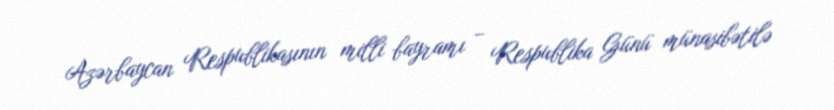
Azərbaycan Respublikasının milli bayramı – Respublika Günü münasibətilə